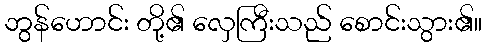
ဘွန်ဟောင်း တို့၏ လှေကြီးသည် စောင်းသွား၏။